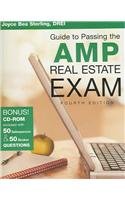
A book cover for Your Guide to Passing the AMP Real Estate Exam; Joyce Sterling; Business & Money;